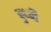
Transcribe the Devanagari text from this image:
दुध्दी